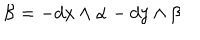
LaTeX: \mathcal { B } = - d x \wedge \alpha - d y \wedge \beta